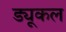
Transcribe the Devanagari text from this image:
ड्यूकल